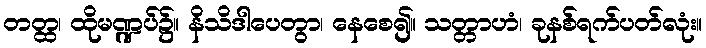
တတ္ထ၊ ထိုမဏ္ဍပ်၌။ နိသိဒါပေတွာ၊ နေစေ၍။ သတ္တာဟံ၊ ခုနစ်ရက်ပတ်လုံး။